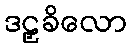
ဒဠှခိလော